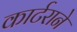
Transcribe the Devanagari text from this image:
कार्टराने